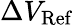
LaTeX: \Delta V_{\mathrm{Ref}}